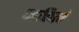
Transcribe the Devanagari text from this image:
व्यक्तित्वे